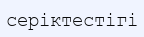
серіктестігі